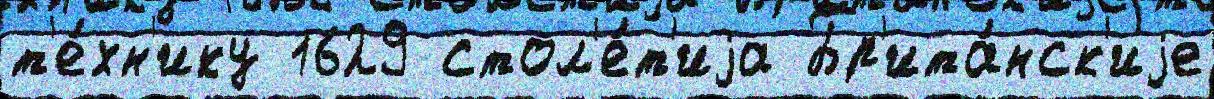
т'е́хн'ику 1629 стол'е́т'иjа Бр'ита́нск'иjе